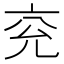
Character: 兖